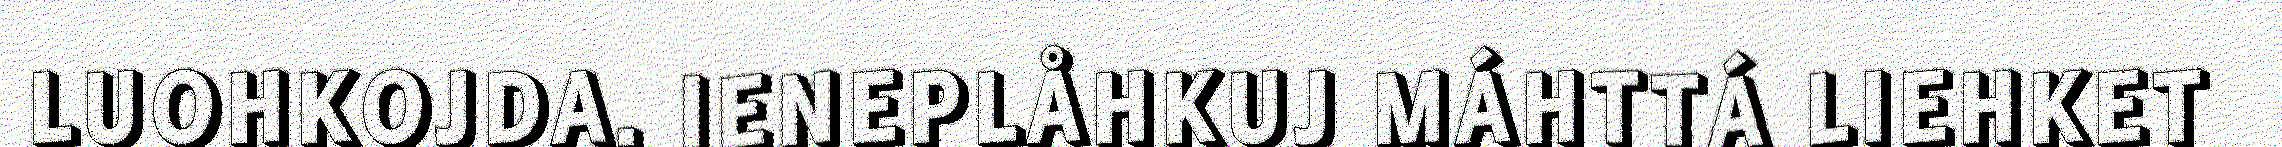
LUOHKOJDA. IENEPLÅHKUJ MÁHTTÁ LIEHKET